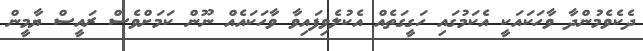
ދެކެވެމުންދާ ވާހަކައަކީ އެކަމުގައި ހަގީގަތެއް އެކުލެވިފައިވާ ވާހަކައެއް ނޫން ކަމަށްވެސް ރައީސް ޔާމީން